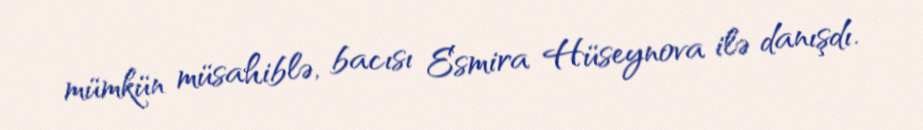
mümkün müsahiblə, bacısı Esmira Hüseynova ilə danışdı.